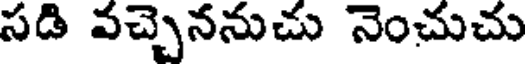
సడి వచ్చెననుచు నెంచుచు